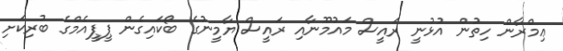
ޢިމްރާން ހިތުން އުޅުނީ ރައީސް މައުމޫނާއި ރައީސް ޔާމީނުގެ ބޯކައިގެން ޕީޕީއެމްގެ ބުރިކަށި